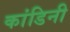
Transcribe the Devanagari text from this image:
कांडिनी